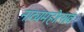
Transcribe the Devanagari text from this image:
नाट्यमहोत्सव